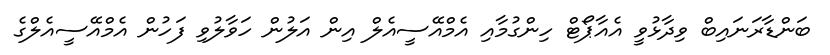
ބަންޑާރަނައިބް ވިދާޅުވީ އެއާޕޯޓް ހިންގުމާއި އެމްއޭސީއެލް އިން އަލުން ހަވާލުވި ފަހުން އެމްއޭސީއެލްގެ